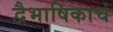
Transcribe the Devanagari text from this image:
द्वैभाषिकाचं